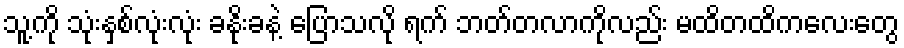
သူ့ကို သုံးနှစ်လုံးလုံး ခနိုးခနဲ့ ပြောသလို ရက် ဘတ်တလာကိုလည်း မထိတထိကလေးတွေ